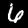
Digit: 6